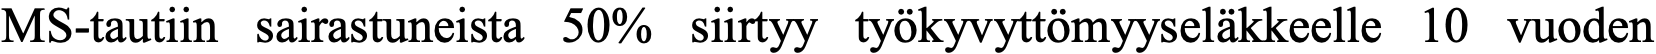
MS-tautiin sairastuneista 50% siirtyy työkyvyttömyyseläkkeelle 10 vuoden